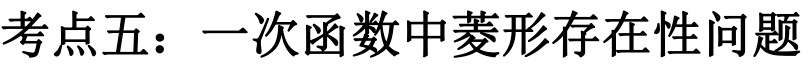
考点五：一次函数中菱形存在性问题